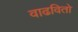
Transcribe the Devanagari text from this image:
वाढवितो